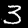
Digit: 3